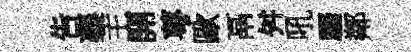
吿襄主開萼歐鬲舛吼驪鄰